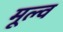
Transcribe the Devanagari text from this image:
मूल्व